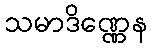
သမာဒိဏ္ဏေန